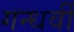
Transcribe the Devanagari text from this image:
गन्धर्वी